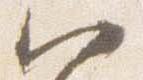
八